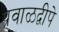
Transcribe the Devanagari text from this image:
प्रवाळद्वीपे